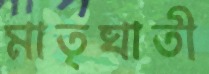
মাতৃঘাতী